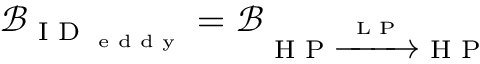
\mathcal { B } _ { \textrm { I D } _ { \textrm { e d d y } } } = \mathcal { B } _ { \textrm { H P } \xrightarrow { \textrm { L P } } \textrm { H P } }